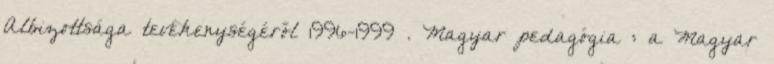
Albizottsága tevékenységéről 1996-1999 . Magyar pedagógia : a Magyar